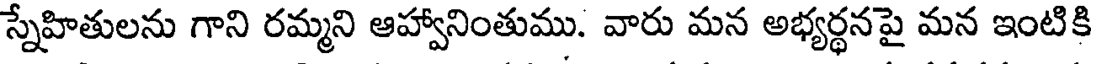
స్నేహితులను గాని రమ్మని ఆహ్వానింతుము. వారు మన అభ్యర్థనపై మన ఇంటికి